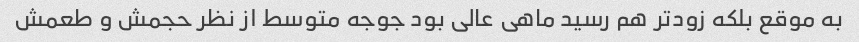
به موقع بلکه زودتر هم رسید ماهی عالی بود جوجه متوسط از نظر حجمش و طعمش